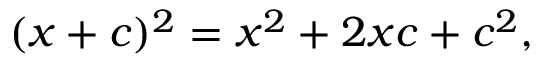
( x + c ) ^ { 2 } = x ^ { 2 } + 2 x c + c ^ { 2 } ,